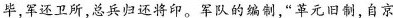
毕，军还卫所，总兵归还将印。军队的编制，”革元旧制，自京